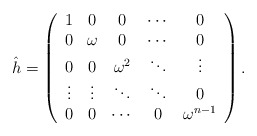
\begin{align*}\hat{h}=\left( \begin{array}{ccccc}1 & 0 & 0 & \cdots & 0 \\ 0 & \omega & 0 & \cdots & 0 \\ 0 & 0 & \omega ^{2} & \ddots & \vdots \\ \vdots & \vdots & \ddots & \ddots & 0 \\ 0 & 0 & \cdots & 0 & \omega ^{n-1}\end{array}\right) .\end{align*}